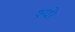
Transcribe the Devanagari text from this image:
श्यो